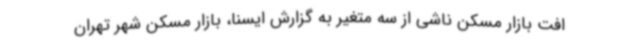
افت بازار مسکن ناشی از سه متغیر به گزارش ایسنا، بازار مسکن شهر تهران